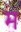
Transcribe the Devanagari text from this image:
म॓